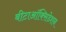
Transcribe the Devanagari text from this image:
बीटाऑक्सिडेशन